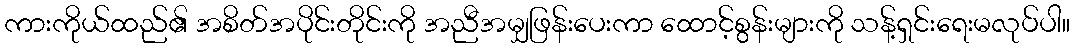
ကားကိုယ်ထည်၏ အစိတ်အပိုင်းတိုင်းကို အညီအမျှဖြန်းပေးကာ ထောင့်စွန်းများကို သန့်ရှင်းရေးမလုပ်ပါ။